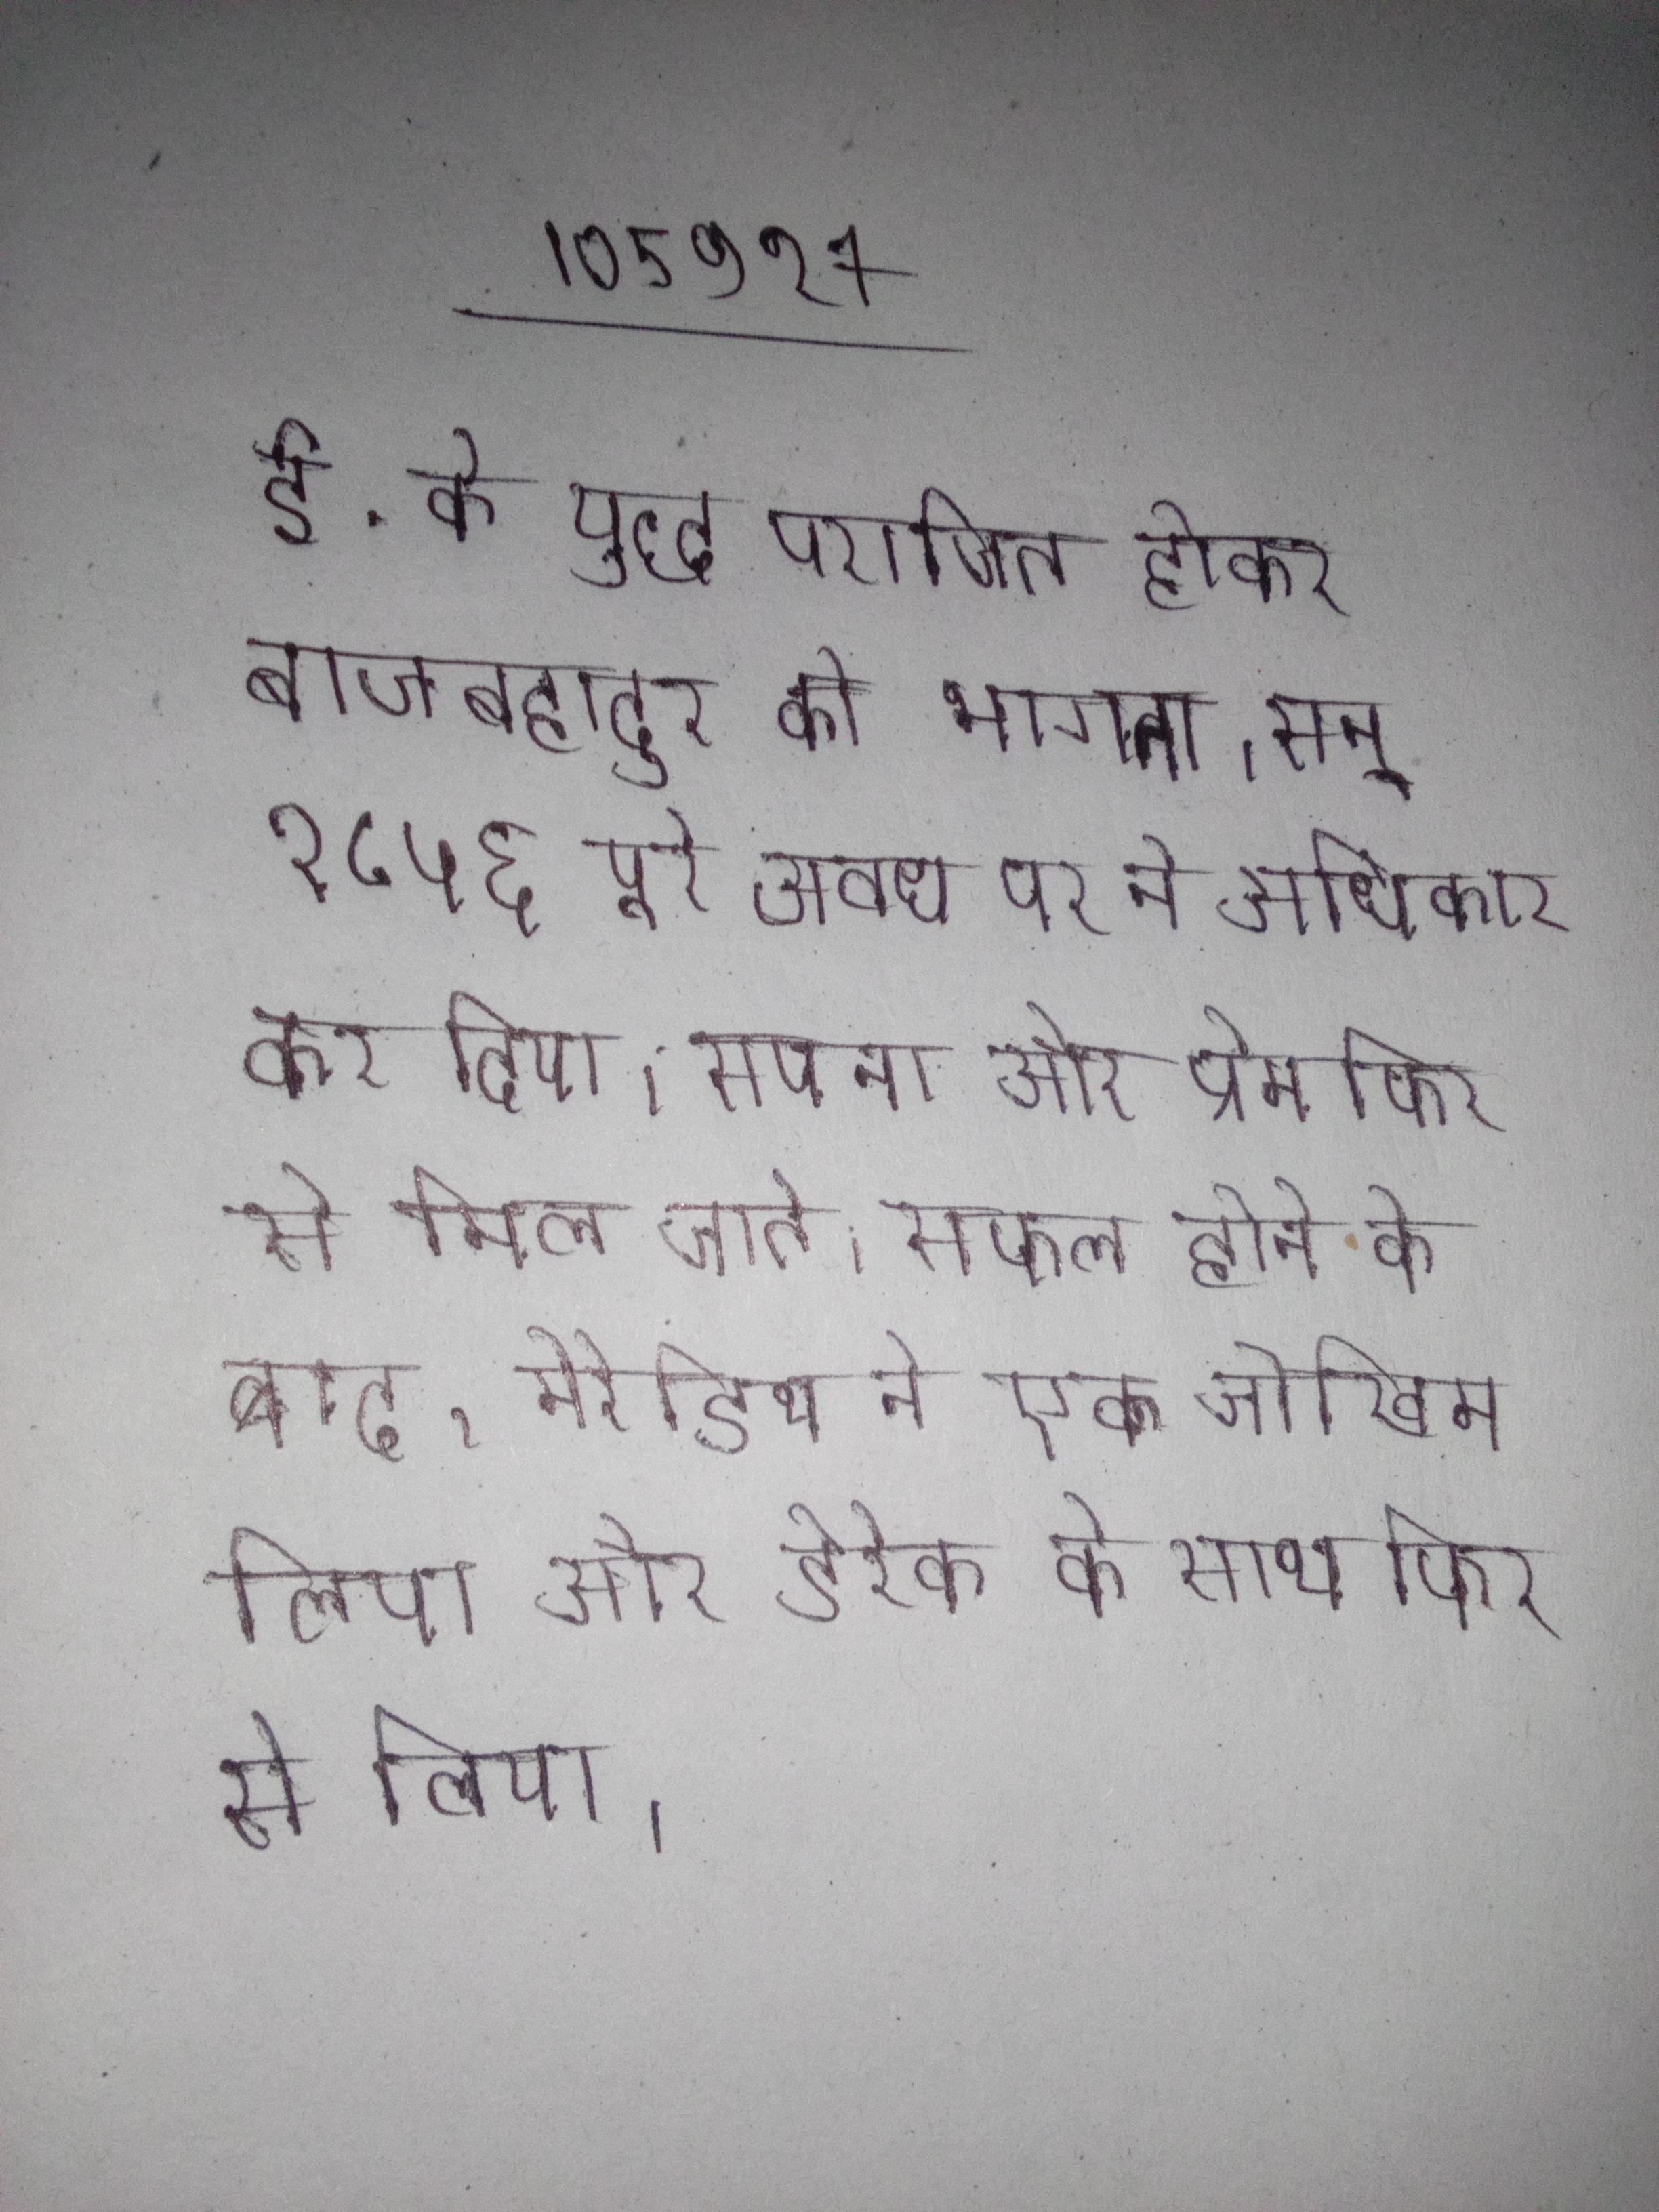
ई. के युद्ध पराजित होकर बाजबहादुर को भागना । सन् १८५६ पूरे अवध पर ने अधिकार कर लिया । सपना और प्रेम फिर से मिल जाते । सफल होने के बाद, मेरेडिथ ने एक जोखिम लिया और डेरेक के साथ फिर से लिया ।